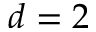
d = 2